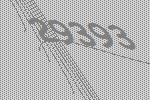
29393